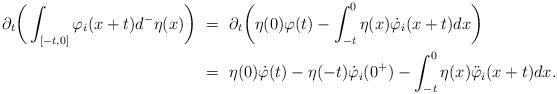
LaTeX: \begin{align*}\partial_t\bigg(\int_{[-t,0]}\varphi_i(x+t)d^-\eta(x)\bigg) \ &= \ \partial_t\bigg(\eta(0)\varphi(t) - \int_{-t}^0\eta(x)\dot\varphi_i(x+t)dx\bigg) \\&= \ \eta(0)\dot\varphi(t) - \eta(-t)\dot\varphi_i(0^+) - \int_{-t}^0 \eta(x)\ddot\varphi_i(x+t) dx.\end{align*}